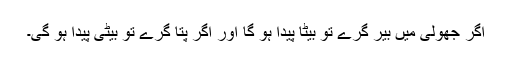
اگر جھولی میں بیر گرے تو بیٹا پیدا ہو گا اور اگر پتا گرے تو بیٹی پیدا ہو گی۔